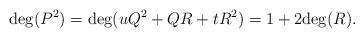
LaTeX: \begin{align*}{\rm deg}(P^2)={\rm deg}(uQ^2+QR+tR^2)=1+2{\rm deg}(R).\end{align*}